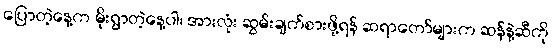
ပြောတဲ့နေ့က မိုးရွာတဲ့နေ့ပါ၊ အားလုံး ဆွမ်းချက်စားဖို့ရန် ဆရာတော်များက ဆန်နဲ့ဆီကို